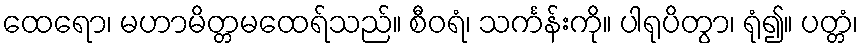
ထေရော၊ မဟာမိတ္တမထေရ်သည်။ စီဝရံ၊ သင်္ကန်းကို။ ပါရုပိတွာ၊ ရုံ၍။ ပတ္တံ၊